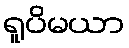
ရူပိမယာ